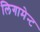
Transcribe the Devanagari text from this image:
लिगामेन्ट